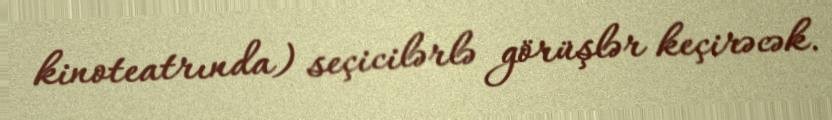
kinoteatrında) seçicilərlə görüşlər keçirəcək.